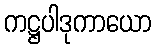
ကဋ္ဌပါဒုကာယော